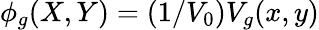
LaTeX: \phi_{g}(X,Y)=(1/V_{0})V_{g}(x,y)